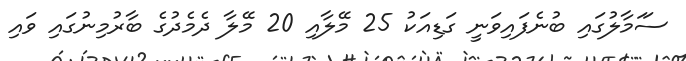
ސަަމާލުގައި ބުނެފައިވަނީ ގަޑިއަކު 25 މޭލާއި 20 މޭލާ ދެމެދުގެ ބާރުމިނުގައި ވައި